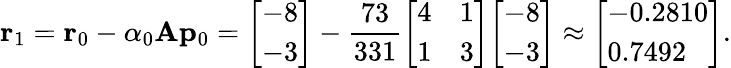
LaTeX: \mathbf{r}_{1}=\mathbf{r}_{0}-\alpha_{0}\mathbf{A}\mathbf{p}_{0}={\left[\begin{array}{l}{-8}\\ {-3}\end{array}\right]}-{\frac{73}{331}}{\left[\begin{array}{ll}{4}&{1}\\ {1}&{3}\end{array}\right]}{\left[\begin{array}{l}{-8}\\ {-3}\end{array}\right]}\approx{\left[\begin{array}{l}{-0.2810}\\ {0.7492}\end{array}\right]}.